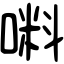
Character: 𠺫